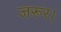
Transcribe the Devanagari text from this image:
जरूर।